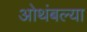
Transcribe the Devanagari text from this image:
ओथंबल्या